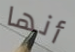
أنها